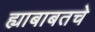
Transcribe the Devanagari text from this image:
ह्याबाबतचे